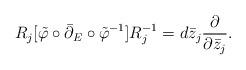
LaTeX: \begin{align*}R_j[\tilde\varphi\circ\bar\partial_E\circ\tilde\varphi^{-1}]R_j^{-1} = d\bar z_j \frac{\partial}{\partial\bar z_j}.\end{align*}